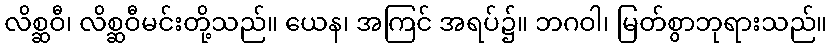
လိစ္ဆဝီ၊ လိစ္ဆဝီမင်းတို့သည်။ ယေန၊ အကြင် အရပ်၌။ ဘဂဝါ၊ မြတ်စွာဘုရားသည်။